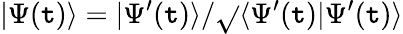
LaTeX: |\Psi(\mathtt{t})\rangle=|\Psi^{\prime}(\mathtt{t})\rangle/\sqrt{}{{\langle\Psi^{\prime}(\mathtt{t})|\Psi^{\prime}(\mathtt{t})\rangle}}